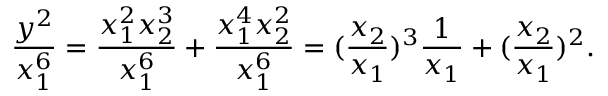
\frac { y ^ { 2 } } { x _ { 1 } ^ { 6 } } = \frac { x _ { 1 } ^ { 2 } x _ { 2 } ^ { 3 } } { x _ { 1 } ^ { 6 } } + \frac { x _ { 1 } ^ { 4 } x _ { 2 } ^ { 2 } } { x _ { 1 } ^ { 6 } } = ( \frac { x _ { 2 } } { x _ { 1 } } ) ^ { 3 } \frac { 1 } { x _ { 1 } } + ( \frac { x _ { 2 } } { x _ { 1 } } ) ^ { 2 } .